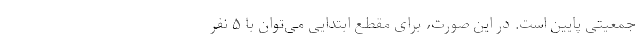
جمعیتی پایین است. در این صورت، برای مقطع ابتدایی می‌توان با ۵ نفر